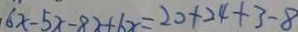
6 x - 5 x - 8 2 + 6 x = 2 0 + 2 4 + 3 - 8